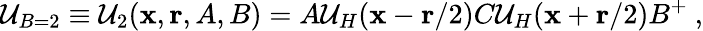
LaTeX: \mathcal{U}_{B=2}\equiv\mathcal{U}_{2}({\mathbf{x}},{\mathbf{r}},A,B)=A\mathcal{U}_{H}({\mathbf{x}}-{\mathbf{r}}/2)C\mathcal{U}_{H}({\mathbf{x}}+{\mathbf{r}}/2)B^{+}~,